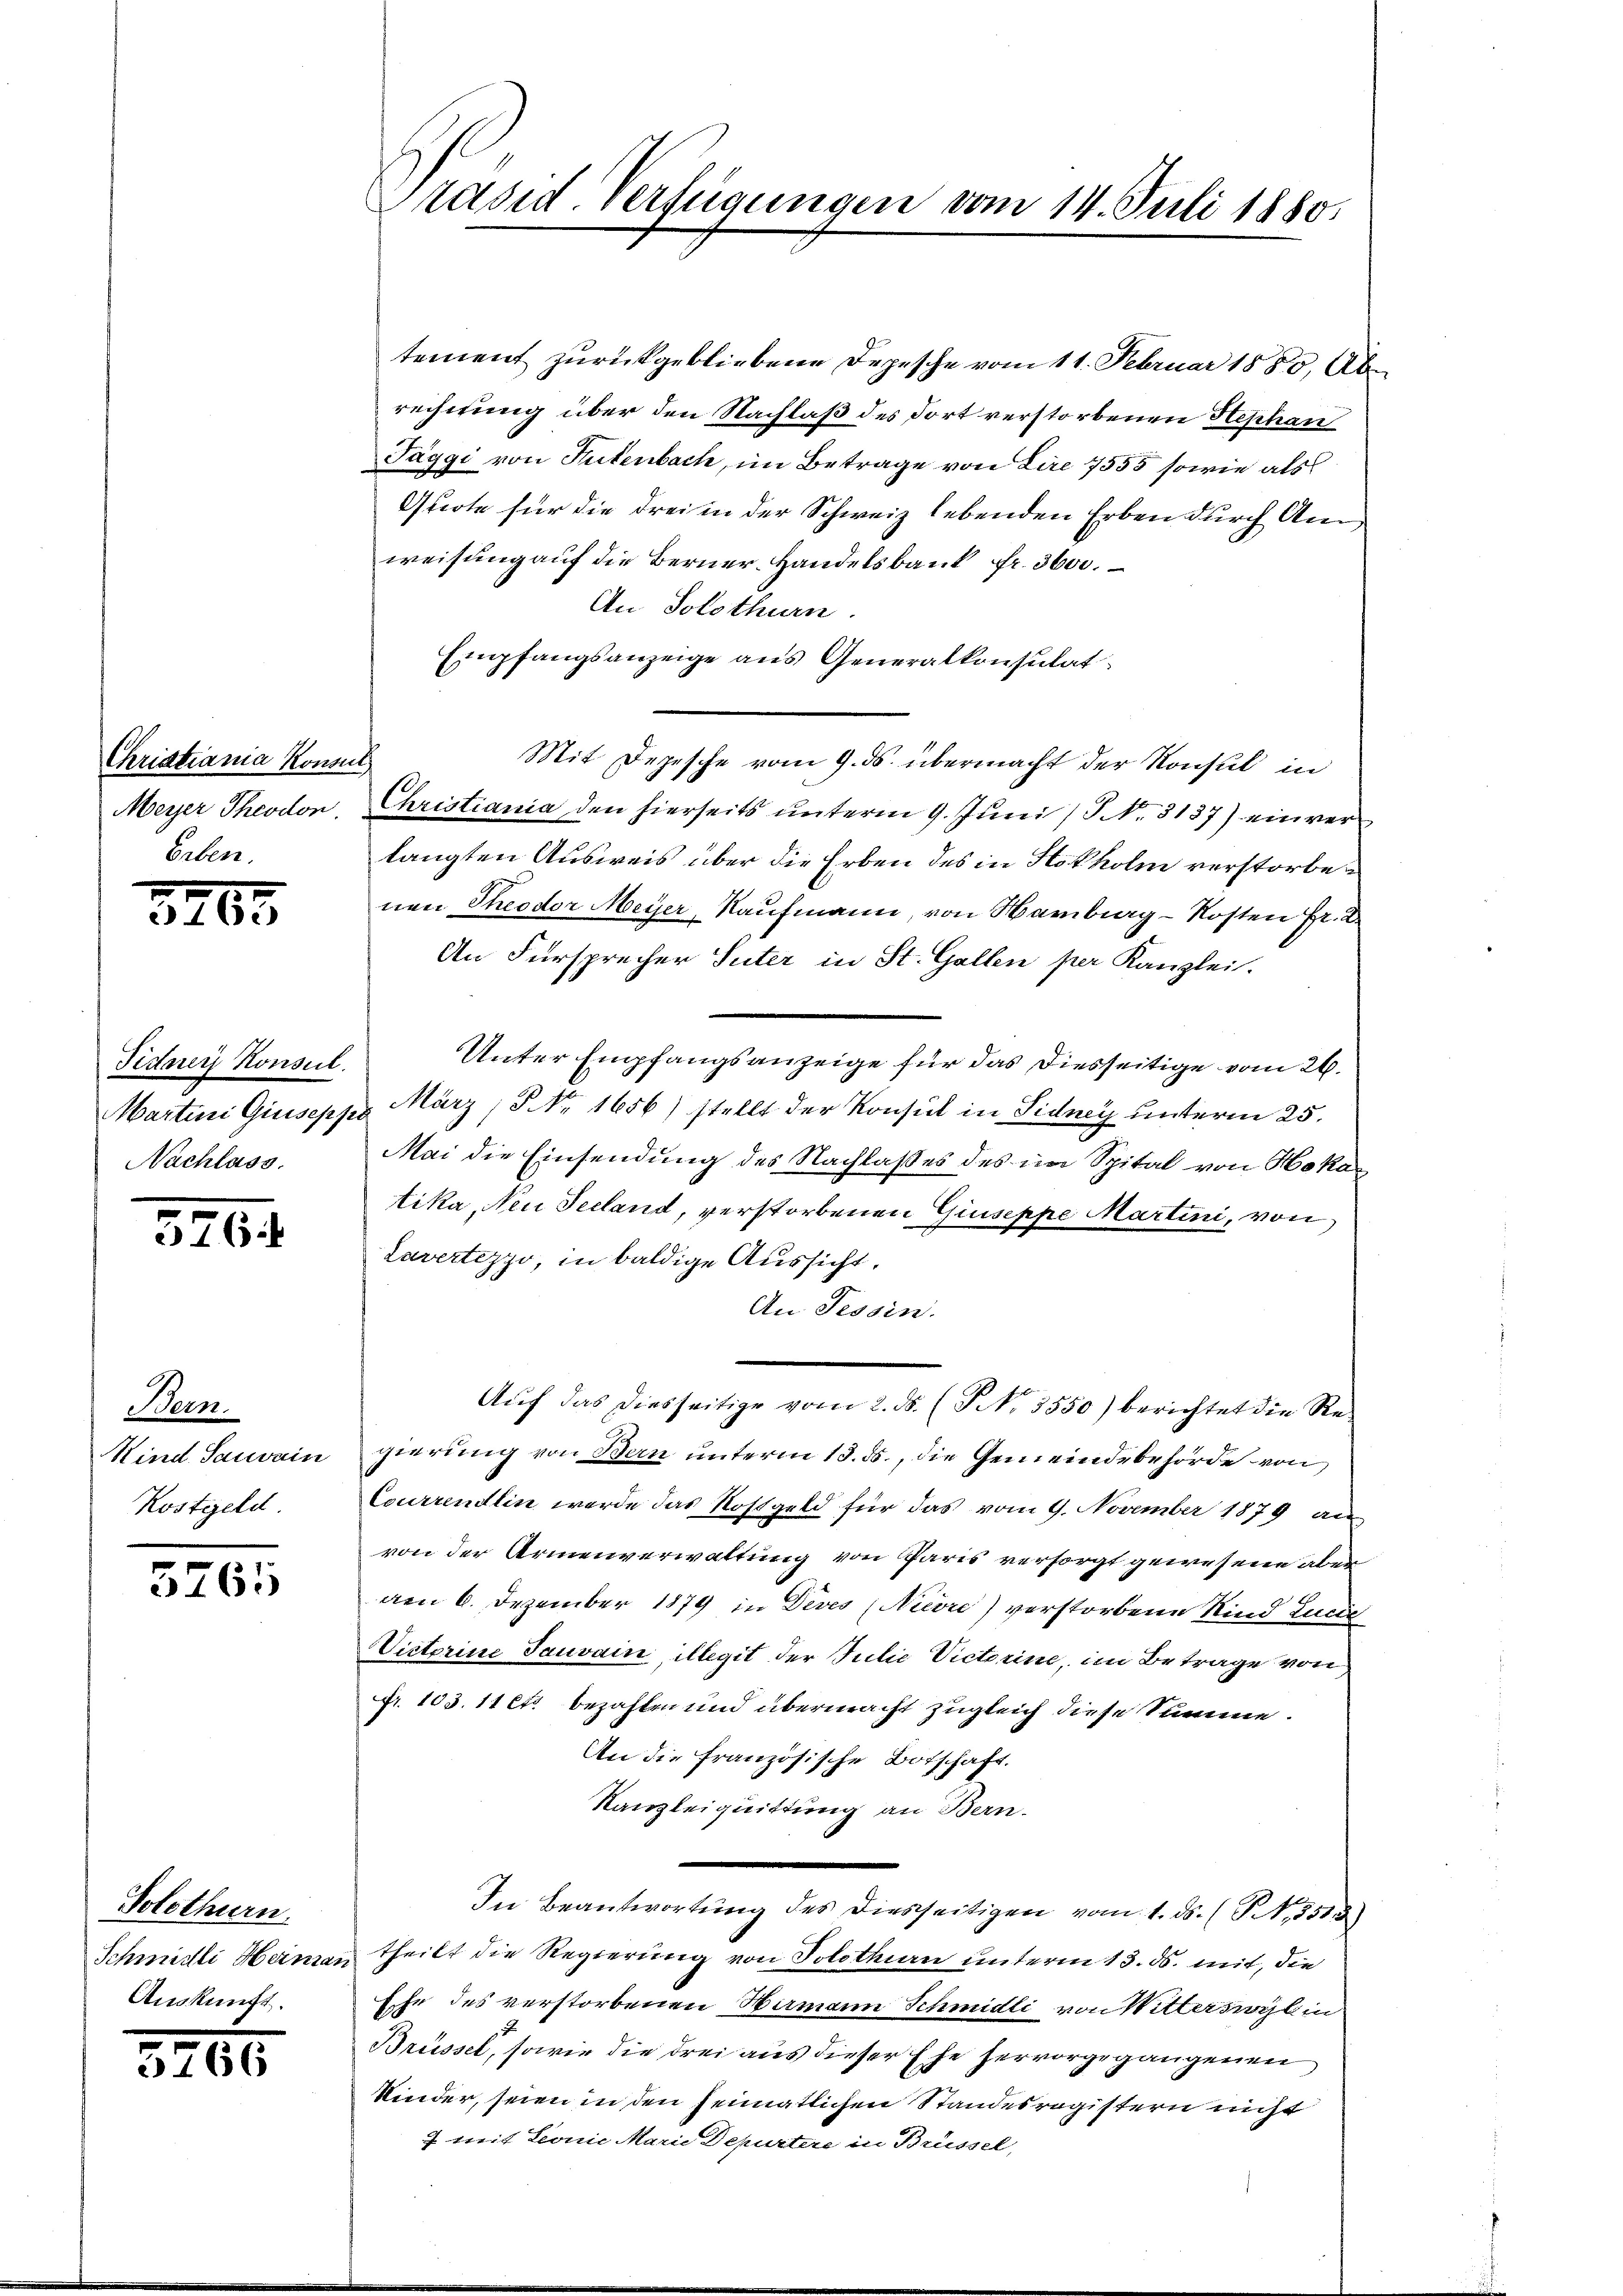
Christiania Konsul
Erben

3265

Fidner Konsul
Nachlass.

576

Bern.
Kind. Sauvain
Kostgeld

5765

Solothurn.
Schmidli Heinra
Auskunft.

8765

Präsid-Verfügungen vom 14. Juli 1880.

tement zurückgebliebene Depesche vom 11. Februar 1880, Abrechnung über den Nachlaß des dort verstorbenen Hephan
Täggi von Gutenbach, im Betrage von Lire 7555 sowie als
Quote für die drei in der Schweiz lebenden Erben durch An
weisung auf die Berner-Handelsbank fr. 3600.
An Solothurn
Empfangsanzeige aus Generalkonsulat
Mit Depesche vom 9. ds. übermacht der Konsul in
Meyer Theodon. Christiania den hierseits ŭnterm 9. Jŭni (S. 3137) einverlangten Ausweis über die Erben des in Stokholm verstorbenen Theodor Meyer Kaufmann, von Hamburg-Kosten Fr. 2
An Fürsprecher Suter in St. Gallen per Kanzlei.
Unter Empfangsanzeige für das diesseitige vom 26.
Martini Giuseppe März (S. Nr. 1656) stellt der Konsul in Sidney unterm 25.
Mai die Einsendung des Nachlaßes des im Spital von Hokatika, Neu Seeland, verstorbenen Giuseppe Martini, von
Lavertezzo, in baldige Aussicht,
An Tessin.
Auf das diesseitige vom 2. ds. (T. 3550) berichtet die Regierung von Bern unterm 13. ds., die Gemeindebehörde von
Courrendlin werde das Rostgeld für das vom 9. November 1879 an
von der Armenverwaltung von Paris versorgt gewesene aber
aen 6. Dezember 1879 in Deves (Niere) verstorbene Kind Zun
Victorine Tauvain, illegit der Julie Victorine, im Betrage von
fr. 103. 11 Cts. bezahlen und übermacht zugleich diese Summe.
An die französische Botschaft.
Kanzleiquittung an Bern.
u
In Beantwortŭng des diesseitigen vom 1. ds. (S. 3513)
theilt die Regierung von Solothin unterm 13. ds. mit, die
.
Eche des verstorbenen Wirmann Schmidli von Witterswyl in
p
Brüssel, sowie die drei aus dieser Ehe hervorgegangenen
Kinder, seien in den heimatlichen Standesregistern nicht
7 mit Leonie Marie Depurtere in Brüssel,